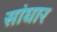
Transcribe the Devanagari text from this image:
सांघार